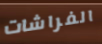
الفراشات